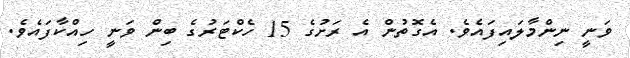
ވަނީ ނިންމާލައިފައެވެ. އެގޮތުން އެ ރަށުގެ 15 ހެކްޓަރުގެ ބިން ވަނީ ހިއްކާފައެވެ.